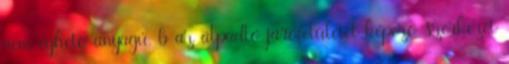
nem éghetõ anyagú, b az álpadló járófelületét képezõ szerkezet